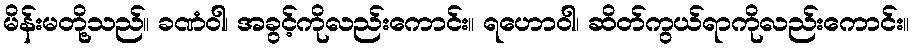
မိန်းမတို့သည်။ ခဏံဝါ၊ အခွင့်ကိုလည်းကောင်း။ ရဟောဝါ၊ ဆိတ်ကွယ်ရာကိုလည်းကောင်း။